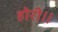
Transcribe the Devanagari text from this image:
होरी॥